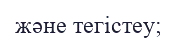
және тегістеу;